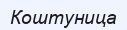
Коштуница